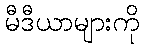
မီဒီယာများကို